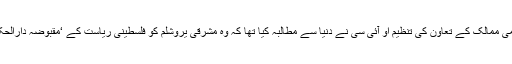
اس سے پہلے گذشتہ ہفتے اسلامی ممالک کے تعاون کی تنظیم او آئی سی نے دنیا سے مطالبہ کیا تھا کہ وہ مشرقی یروشلم کو فلسطینی ریاست کے ‘مقبوضہ دارالحکومت’ کے طور پر تسلیم کرے۔